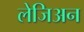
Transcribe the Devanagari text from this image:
लेजिअन